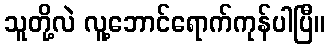
သူတို့လဲ လူ့ဘောင်ရောက်ကုန်ပါပြီ။